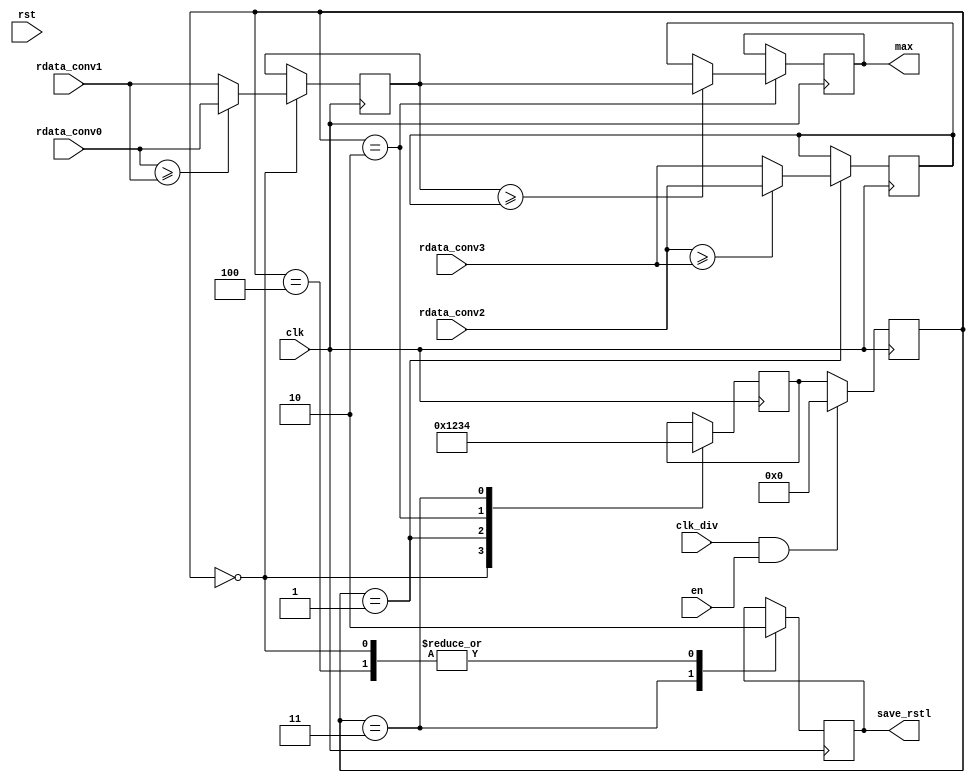
`timescale 1ns / 1ps
//////////////////////////////////////////////////////////////////////////////////
// Company: 
// Engineer: 
// 
// Design Name: 
// Module Name: maxpooling
// Project Name: 
// Target Devices: 
// Tool Versions: 
// Description: 
// 
// Dependencies: 
// 
// Revision:
// Revision 0.01 - File Created
// Additional Comments:
// 
//////////////////////////////////////////////////////////////////////////////////


module maxpooling
#(
    //MaxPooling
    parameter addressWidthConv=10, dataWidthMax=8,
    parameter s0 = 4'b0000, s1 = 4'b0001, s2 = 4'b0010, s3 = 4'b0011, s4 = 4'b0100,
    parameter s5 = 4'b0101, s6 = 4'b0110, s7 = 4'b0111, s8 = 4'b1000, s9 = 4'b1001,
    parameter s10 = 4'b1010, s11 = 4'b1011, s12 = 4'b1100, s13 = 4'b1101, s14 = 4'b1110
)
(
    input clk,
    input clk_div,
    input en,
    input rst,
    input [dataWidthMax-1:0] rdata_conv0,
    input [dataWidthMax-1:0] rdata_conv1,
    input [dataWidthMax-1:0] rdata_conv2,
    input [dataWidthMax-1:0] rdata_conv3,
    output [dataWidthMax-1:0]max,
    output reg save_rstl

);

    //FSM
    reg [3:0] present_state, next_state; //ok
    
    reg [dataWidthMax-1:0] max1;
    reg [dataWidthMax-1:0] max2;
    reg [dataWidthMax-1:0] max3;

  
    
    always @(posedge clk) //Present estate 
    begin
        if(clk_div == 1 & en)
        begin
            present_state <= s0;    
        end
        else
        begin
            present_state <= next_state;
        end    
    end    

    always @(negedge clk)
    begin
        case(present_state)
            s0:
                next_state <= s1;                
            s1:
                next_state <= s2;
            s2:
                next_state <= s3;
            s3:
                next_state <= s4;                                                                                           
        endcase                
    end

    always @ (negedge clk) begin
      case (present_state)
        s0: begin
                if($signed(rdata_conv0) >= $signed(rdata_conv1))
                begin
                    max1 <= rdata_conv0;
                end
                else
                begin
                    max1 <= rdata_conv1;
                end
                save_rstl <= 0;
            end          
        s1: begin
                if($signed(rdata_conv2) >= $signed(rdata_conv3))
                begin
                    max2 <= rdata_conv2;
                end
                else
                begin
                    max2 <= rdata_conv3;
                end
            end
        s2: begin
                if($signed(max1) >= $signed(max2))
                begin
                    max3 <= max1;
                end
                else
                begin
                    max3 <= max2;
                end  
            end  
        s3: begin
                save_rstl <= 1;
            end    
        s4: begin
                save_rstl <= 0;
            end 
      endcase 
    end 

    assign max = max3;



endmodule